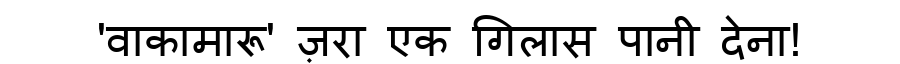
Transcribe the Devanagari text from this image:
'वाकामारू' ज़रा एक गिलास पानी देना!